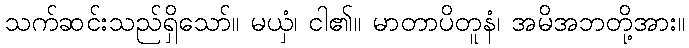
သက်ဆင်းသည်ရှိသော်။ မယှံ၊ ငါ၏။ မာတာပိတူနံ၊ အမိအဘတို့အား။